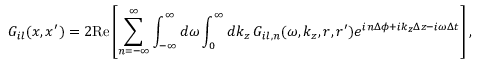
G _ { i l } ( x , x ^ { \prime } ) = 2 \mathrm { R e } \left[ \sum _ { n = - \infty } ^ { \infty } \int _ { - \infty } ^ { \infty } d \omega \int _ { 0 } ^ { \infty } d k _ { z } \, G _ { i l , n } ( \omega , k _ { z } , r , r ^ { \prime } ) e ^ { i n \Delta \phi + i k _ { z } \Delta z - i \omega \Delta t } \right] ,